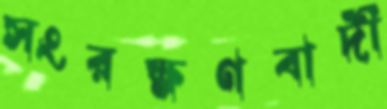
সংরক্ষণবাদী